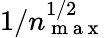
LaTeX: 1/n_{\mathrm{~m~a~x~}}^{1/2}